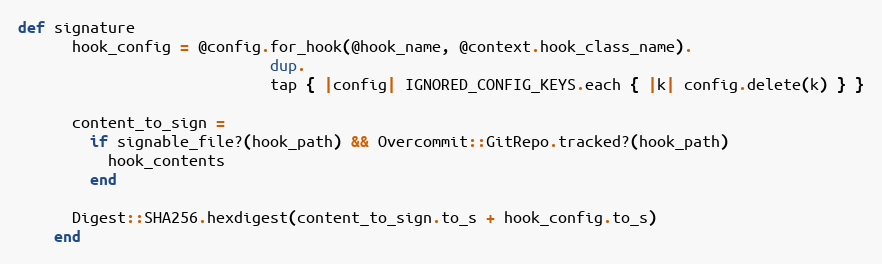
Language: Ruby
def signature
      hook_config = @config.for_hook(@hook_name, @context.hook_class_name).
                            dup.
                            tap { |config| IGNORED_CONFIG_KEYS.each { |k| config.delete(k) } }

      content_to_sign =
        if signable_file?(hook_path) && Overcommit::GitRepo.tracked?(hook_path)
          hook_contents
        end

      Digest::SHA256.hexdigest(content_to_sign.to_s + hook_config.to_s)
    end